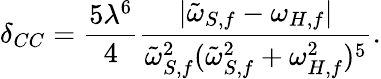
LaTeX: \delta_{CC}=\frac{5\lambda^{6}}{4}\frac{\vert\tilde{\omega}_{S,f}-\omega_{H,f}\vert}{\tilde{\omega}_{S,f}^{2}(\tilde{\omega}_{S,f}^{2}+\omega_{H,f}^{2})^{5}}.